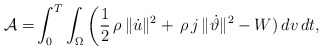
\begin{align*}\mathcal{A}=&\int_{0}^{T}\int_\Omega\bigg(\frac{1}{2}\,\rho\,\|\dot{u}\|^2+\,\rho\,j\,\|\dot{\vartheta}\|^2-W)\, dv\,dt,\end{align*}